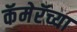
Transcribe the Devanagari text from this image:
कॅमेरॅच्या